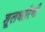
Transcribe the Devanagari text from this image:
शूलधारिणी